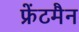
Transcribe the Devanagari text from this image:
फ्रेंटमैन